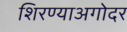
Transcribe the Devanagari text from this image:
शिरण्याअगोदर